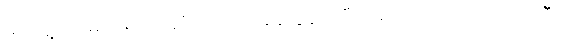
မတွေ့ရင် မယုံရဘူးဆိုတာကို အခြေခံပြုပြီး ရေးထားကြတယ်၊ အဲဒီလို